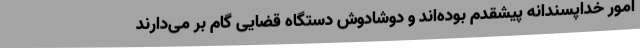
امور خداپسندانه پیشقدم بوده‌اند و دوشادوش دستگاه قضایی گام بر می‌دارند